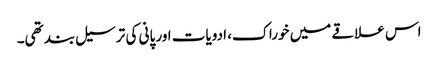
اس علاقے میں خوراک، ادویات اور پانی کی ترسیل بند تھی۔